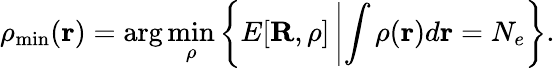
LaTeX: \rho_{\mathrm{min}}({\mathbf r})=\arg\operatorname*{min}_{\rho}\left\{ E[{\mathbf R},\rho]\left\vert\int\rho({\mathbf r})d{\mathbf r}=N_{e}\right.\right\} .